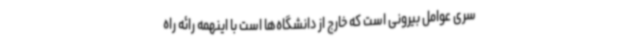
سری عوامل بیرونی است که خارج از دانشگاه‌ها است با اینهمه رائه راه